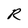
Character: R